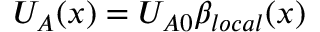
U _ { A } ( x ) = U _ { A 0 } \beta _ { l o c a l } ( x )